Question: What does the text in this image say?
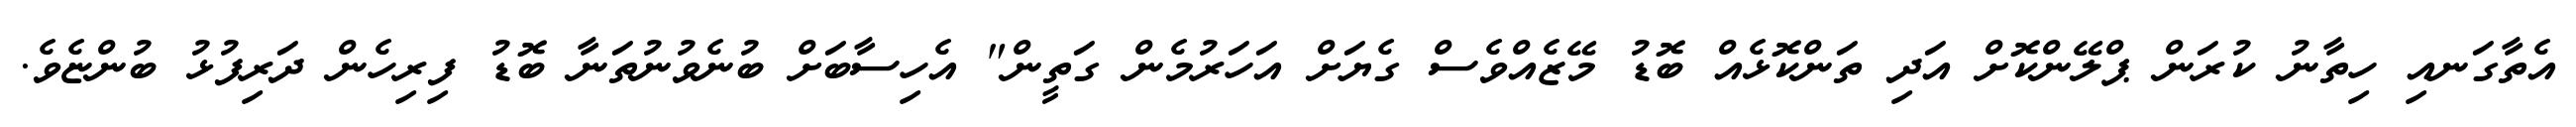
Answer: އެތާގަނއި ހިތާނު ކުރަން ޕްލޭންކޮށް އަދި ތަންކޮޅެއް ބޮޑު މޭޒެއްވެސް ގެޔަށް އަހަރުމެން ގަތީން" އެހިސާބަށް ބުނެވުނުތަނާ ބޮޑު ފިރިހެން ދަރިފުޅު ބުންޏެވެ.